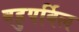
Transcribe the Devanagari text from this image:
बहुपर्विल